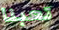
تعبنا